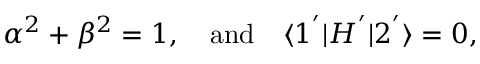
\alpha ^ { 2 } + \beta ^ { 2 } = 1 , ~ ~ ~ \mathrm { a n d } ~ ~ ~ \langle 1 ^ { ' } | H ^ { ' } | 2 ^ { ' } \rangle = 0 ,